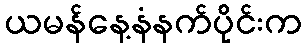
ယမန်နေ့နံနက်ပိုင်းက